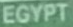
EGYPT